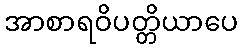
အာစာရဝိပတ္တိယာပေ